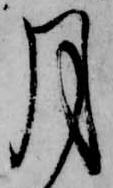
月